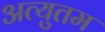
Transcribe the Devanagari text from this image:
अत्युतम